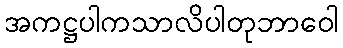
အကဋ္ဌပါကသာလိပါတုဘာဝေါ